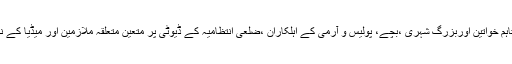
حکم میں مزید کہا گیا ہے کہ موٹر سائیکل کی ڈبل سواری پر مکمل پابندی ہوگی تاہم خواتین اوربزرگ شہری ،بچے، پولیس و آرمی کے اہلکاران ،ضلعی انتظامیہ کے ڈیوٹی پر متعین متعلقہ ملازمین اور میڈیا کے نمائندگان اپنی شناختی علامت کے ساتھ ڈبل سواری کی پابندی سے مستثنیٰ ہونگے۔